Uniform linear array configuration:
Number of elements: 24
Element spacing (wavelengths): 0.5
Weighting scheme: blackman
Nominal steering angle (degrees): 30
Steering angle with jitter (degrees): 30.688
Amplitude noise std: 0.05
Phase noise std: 0.05

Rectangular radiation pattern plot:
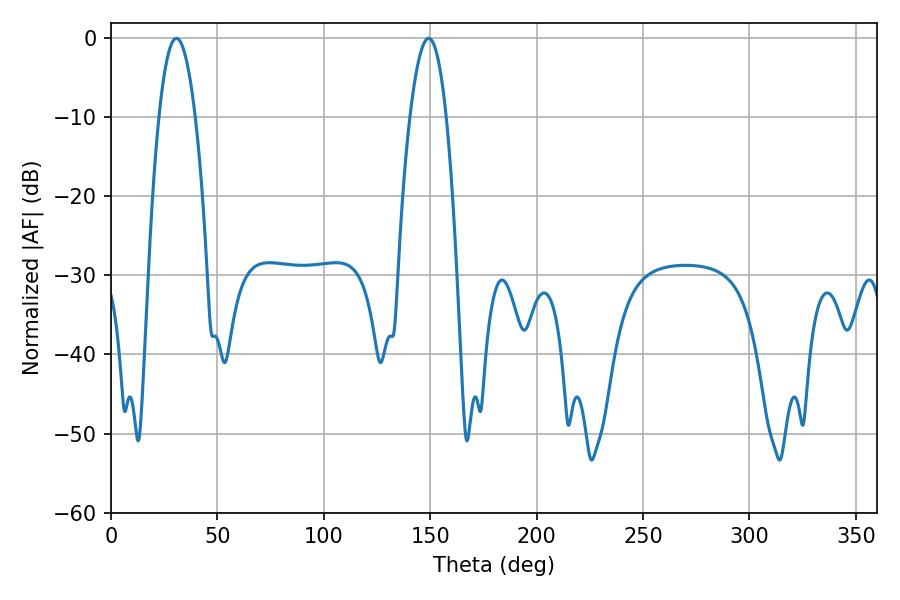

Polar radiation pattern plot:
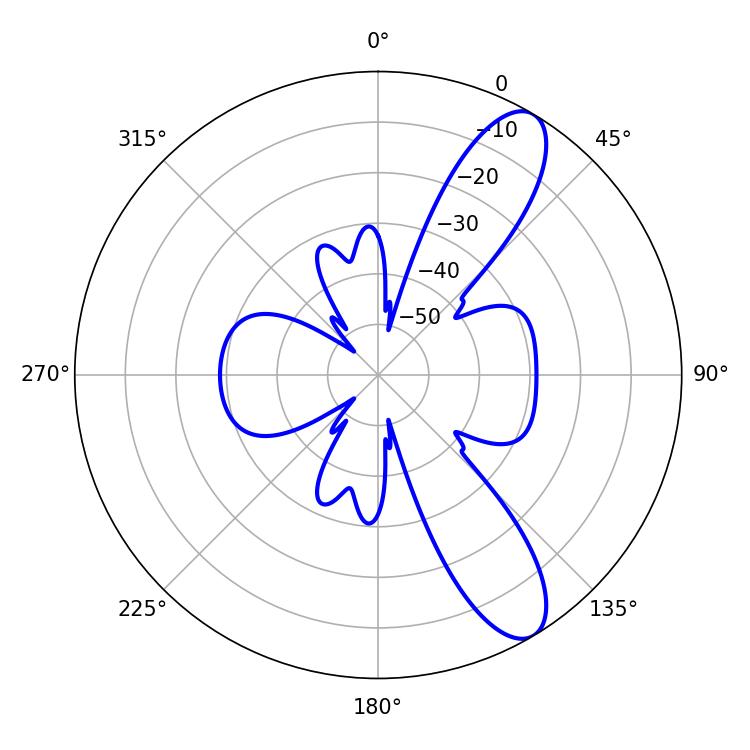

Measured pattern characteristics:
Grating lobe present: FALSE
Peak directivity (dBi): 10.442
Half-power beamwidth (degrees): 9.36
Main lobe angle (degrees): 30.78